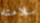
سلامته